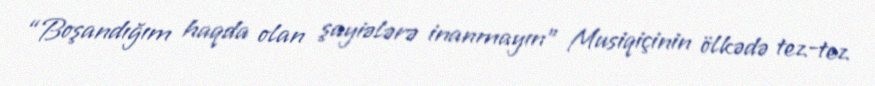
“Boşandığım haqda olan şayiələrə inanmayın” Musiqiçinin ölkədə tez-tez